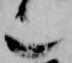
也